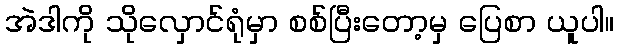
အဲဒါကို သိုလှောင်ရုံမှာ စစ်ပြီးတော့မှ ပြေစာ ယူပါ။